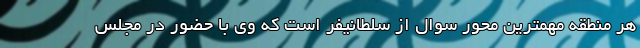
هر منطقه مهمترین محور سوال از سلطانیفر است که وی با حضور در مجلس